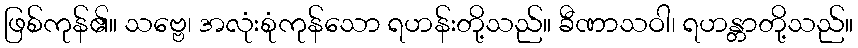
ဖြစ်ကုန်၏။ သဗ္ဗေ၊ အလုံးစုံကုန်သော ရဟန်းတို့သည်။ ခီဏာသဝါ၊ ရဟန္တာတို့သည်။